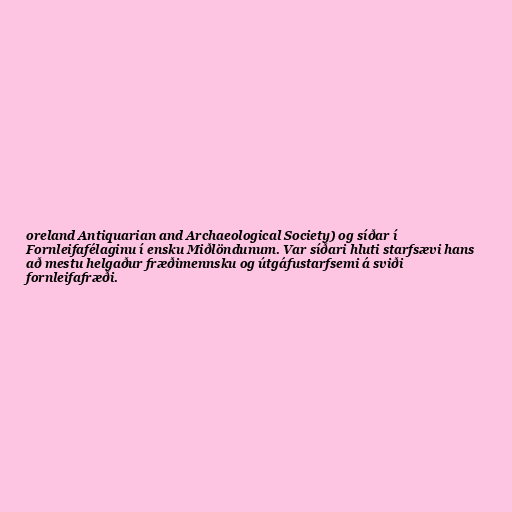
oreland Antiquarian and Archaeological Society) og síðar í
Fornleifafélaginu í ensku Miðlöndunum. Var síðari hluti starfsævi hans
að mestu helgaður fræðimennsku og útgáfustarfsemi á sviði
fornleifafræði.